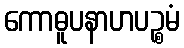
ကောဓူပနာဟပဉ္စမံ